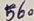
Text: 560